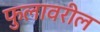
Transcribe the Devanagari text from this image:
फुलावरील